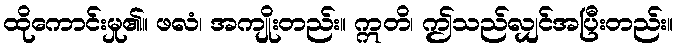
ထိုကောင်းမှု၏။ ဖလံ၊ အကျိုးတည်း။ ဣတိ၊ ဤသည်လျှင်အပြီးတည်း။